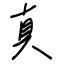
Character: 真